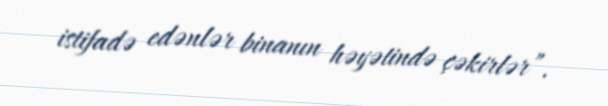
istifadə edənlər binanın həyətində çəkirlər”.